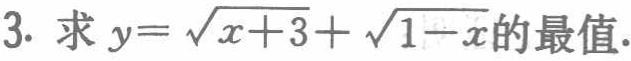
3. 求 \(y = \sqrt{x + 3}+\sqrt{1 - x}\) 的最值.